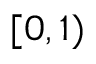
[ 0 , 1 )